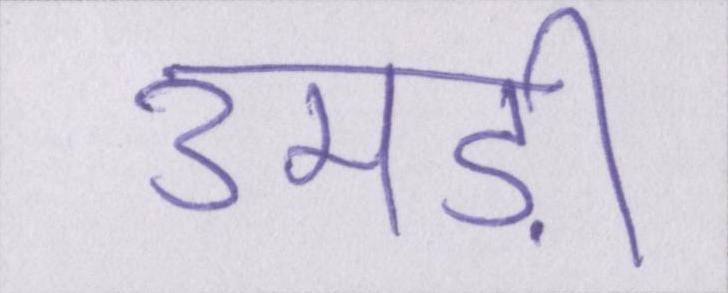
उमड़ी